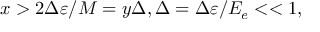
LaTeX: x > 2 \Delta \varepsilon / M = y \Delta , \Delta = \Delta \varepsilon / E _ { e } < < 1 ,